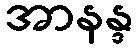
အာနန္ဒ